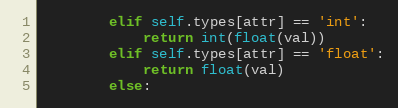
Language: Python
        elif self.types[attr] == 'int':
            return int(float(val))
        elif self.types[attr] == 'float':
            return float(val)
        else: